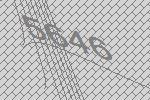
5646